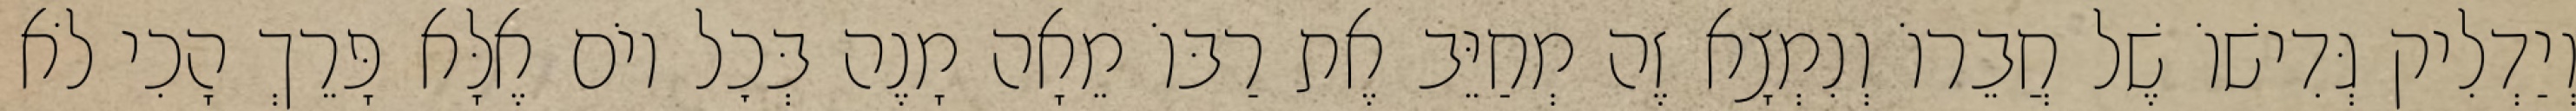
וְיַדְלִיק גְּדִישׁוֹ שֶׁל חֲבֵרוֹ וְנִמְצָא זֶה מְחַיֵּב אֶת רַבּוֹ מֵאָה מָנֶה בְּכׇל יוֹם אֶלָּא פָּרֵךְ הָכִי לֹא